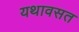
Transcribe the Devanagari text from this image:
यथावसत